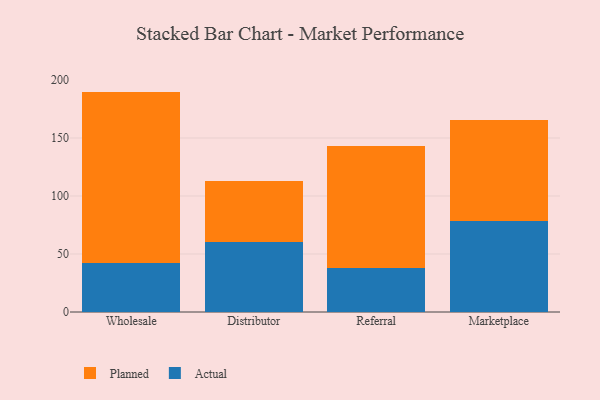
{"axis": {"x": "Channel", "y": "Population (Million)"}, "legend": ["Actual", "Planned"], "data": [{"x": "Wholesale", "y": 42.0, "type": "Actual"}, {"x": "Wholesale", "y": 148.0, "type": "Planned"}, {"x": "Distributor", "y": 60.3, "type": "Actual"}, {"x": "Distributor", "y": 52.5, "type": "Planned"}, {"x": "Referral", "y": 38.3, "type": "Actual"}, {"x": "Referral", "y": 105.0, "type": "Planned"}, {"x": "Marketplace", "y": 78.4, "type": "Actual"}, {"x": "Marketplace", "y": 86.9, "type": "Planned"}]}